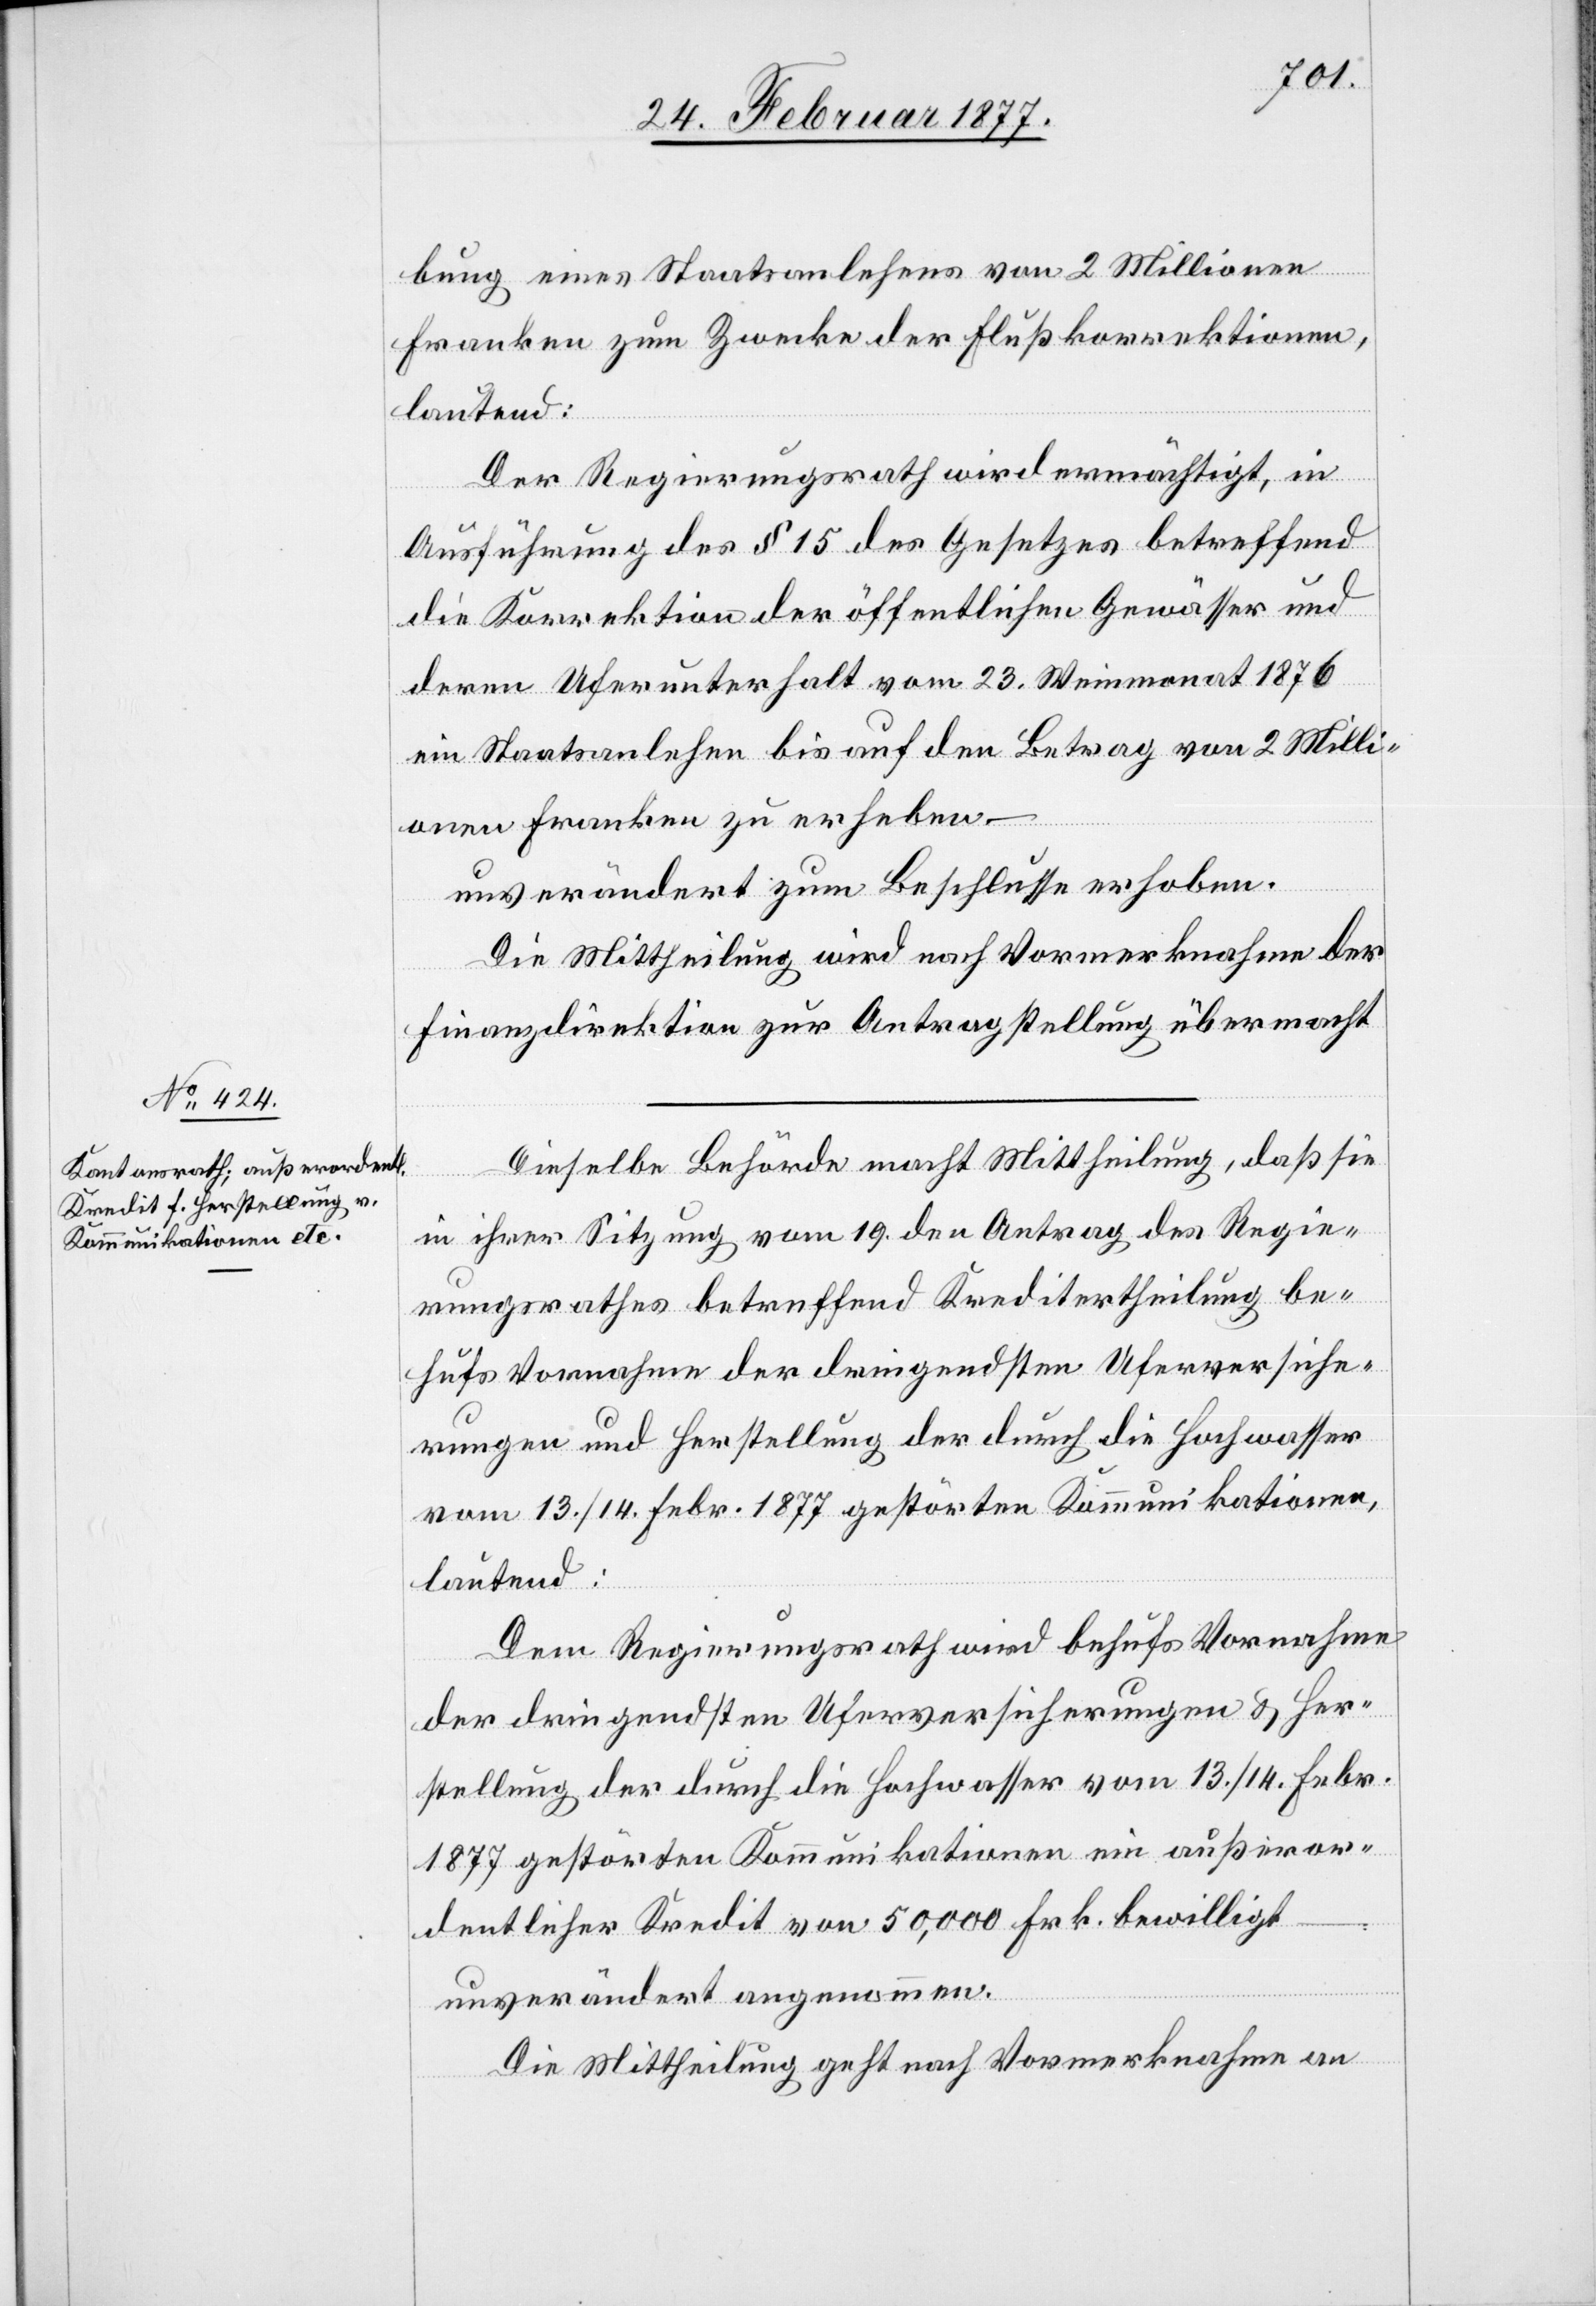
bung eines Staatsanlehens von 2 Millionen
Franken zum Zwecke der Flußkorrektionen,
lautend:
Der Regierungsrath wird ermächtigt, in
Ausführung des § 15 des Gesetzes betreffend
die Korrektion der öffentlichen Gewässer und
deren Uferunterhalt vom 23. Weinmonat 1876
ein Staatsanlehen bis auf den Betrag von 2 Milli¬
onen Franken zu erheben.
unverändert zum Beschlusse erhoben.
Die Mittheilung wird nach Vormerknahme der
Finanzdirektion zur Antragstellung übermacht.
Dieselbe Behörde macht Mittheilung, daß sie
[Fortsetzung
in ihrer Sitzung vom 19. den Antrag des Regie¬
rungsrathes betreffend Kreditertheilung be¬
hufs Vornahme der dringendsten Uferversiche¬
rungen und Herstellung der durch die Hochwasser
vom 13./14. Febr. 1877 gestörten Kommunikationen,
lautend:
Dem Regierungsrath wird behufs Vornahme
der dringendsten Uferversicherungen & Her¬
stellung der durch die Hochwasser vom 13./14. Febr.
1877 gestörten Kommunikationen ein außeror¬
dentlicher Kredit von 50,000 Frk. bewilligt.
unverändert angenommen.
Die Mittheilung geht nach Vormerknahme an